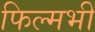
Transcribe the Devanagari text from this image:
फिल्मभी